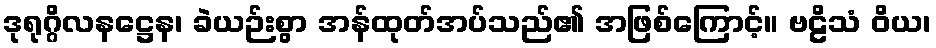
ဒုရုဂ္ဂိလနဋ္ဌေန၊ ခဲယဉ်းစွာ အန်ထုတ်အပ်သည်၏ အဖြစ်ကြောင့်။ ဗဠိသံ ဝိယ၊